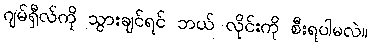
ဂျမ်ရှီလ်ကို သွားချင်ရင် ဘယ် လိုင်းကို စီးရပါမလဲ။